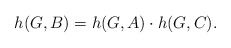
\begin{align*}h(G,B)=h(G,A)\cdot h(G,C).\end{align*}